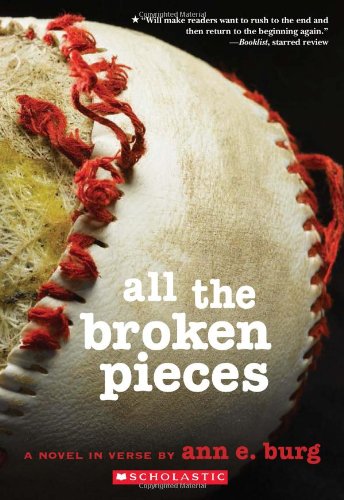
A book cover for All the Broken Pieces; Ann E. Burg; Teen & Young Adult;